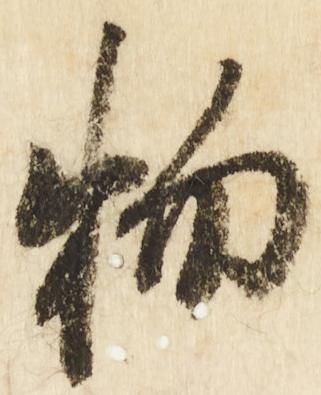
物